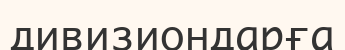
дивизиондарға